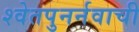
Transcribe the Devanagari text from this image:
श्वेतपुनर्नवाची